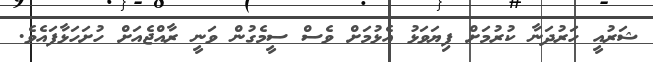
ޝަރުއީ ހަރުދަނާ ކުރުމަށް ފިޔަވަޅު އެޅުމަށް ވެސް ސީމެގުން ވަނީ ރާއްޖެއަށް ހުށަހަޅާފައެވެ.